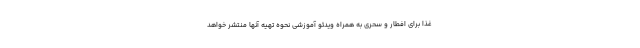
غذا برای افطار و سحری به همراه ویدئو آموزشی نحوه تهیه آنها منتشر خواهد